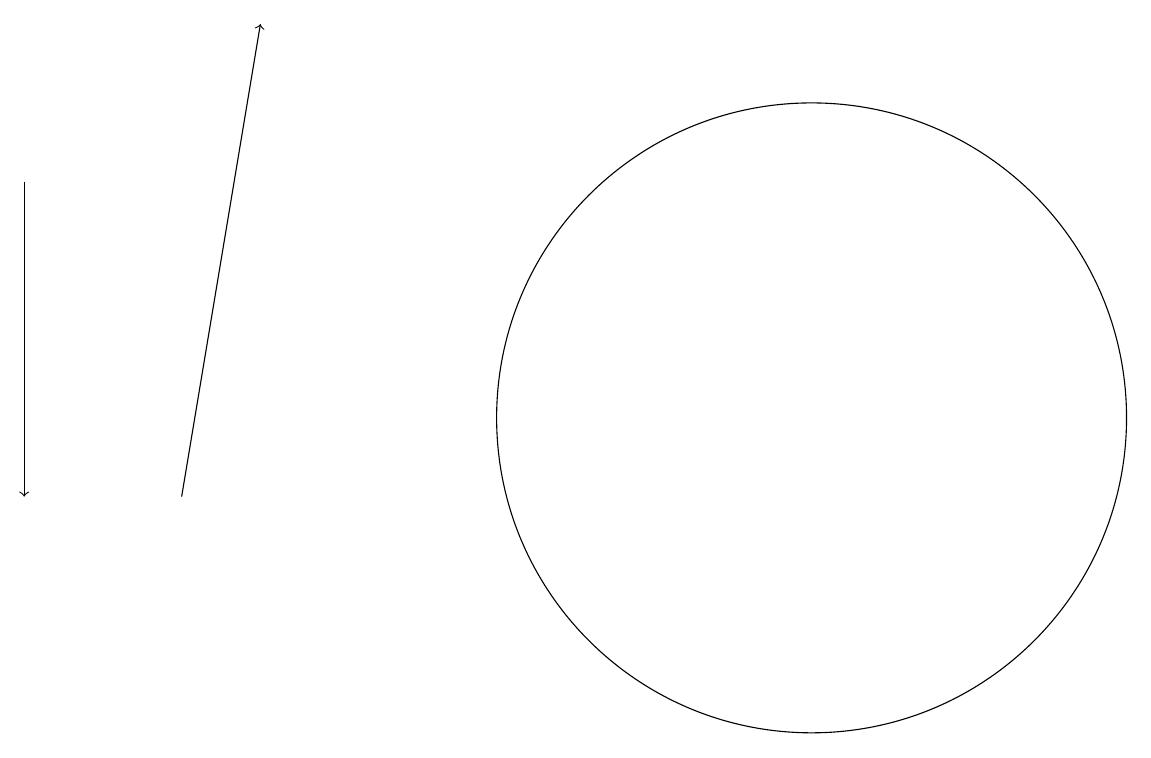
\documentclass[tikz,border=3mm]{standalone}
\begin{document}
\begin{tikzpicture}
\draw (10,12) circle (4);
\draw[->] (0,15) -- (0,11);
\draw[->] (2,11) -- (3,17);
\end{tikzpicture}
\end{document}